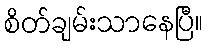
စိတ်ချမ်းသာနေပြီ။